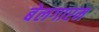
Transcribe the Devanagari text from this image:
बेलगारम